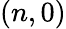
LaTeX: (n,0)